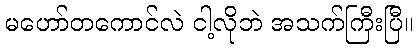
မဟော်တကောင်လဲ ငါ့လိုဘဲ အသက်ကြီးပြီ။